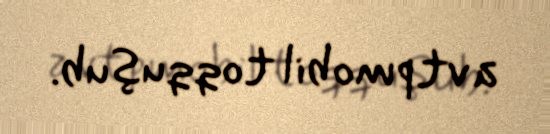
avtpmobil toqquşub.